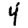
Digit: 4